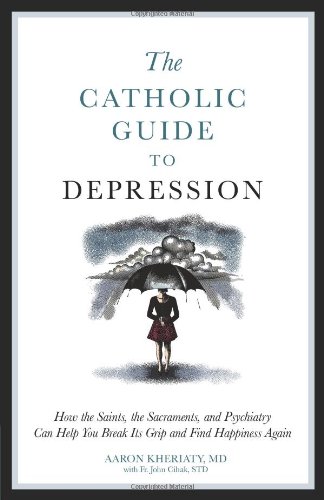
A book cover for Catholic Guide to Depression; Aaron Kheriaty; Health, Fitness & Dieting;